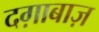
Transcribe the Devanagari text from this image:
दग़ाबाज़